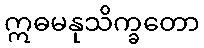
ဣဓမနုသိက္ခတော